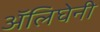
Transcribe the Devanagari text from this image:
अॅलिघेनी